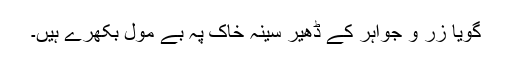
گویا زر و جواہر کے ڈھیر سینہ خاک پہ بے مول بکھرے ہیں۔